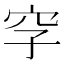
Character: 𥤪